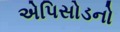
એપિસોડનો